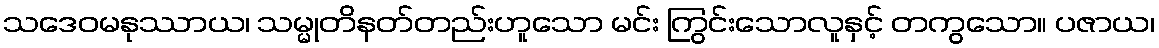
သဒေဝမနုဿာယ၊ သမ္မုတိနတ်တည်းဟူသော မင်း ကြွင်းသောလူနှင့် တကွသော။ ပဇာယ၊